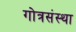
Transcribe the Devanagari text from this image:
गोत्रसंस्था